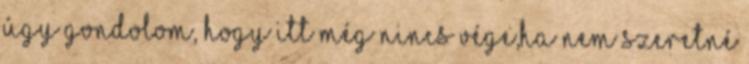
úgy gondolom, hogy itt még nincs vége,ha nem szeretné